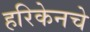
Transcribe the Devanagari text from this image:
हरिकेनचे